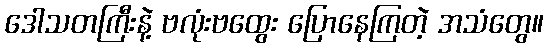
ဒေါသတကြီးနဲ့ ဗလုံးဗထွေး ပြောနေကြတဲ့ အသံတွေ။